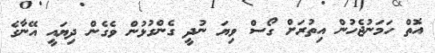
އޮތް ހަމަނުޖެހުން އިތުރަށް ގޯސް ވިޔަ ނުދީ ގެންގުޅުން ވެގެން ދިޔައީ އޭނާގެ